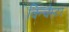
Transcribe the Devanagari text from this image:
विन्चॅस्टर